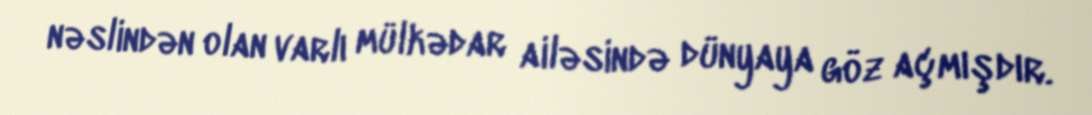
nəslindən olan varlı mülkədar ailəsində dünyaya göz açmışdır.